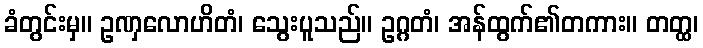
ခံတွင်းမှ။ ဥဏှလောဟိတံ၊ သွေးပူသည်။ ဥဂ္ဂတံ၊ အန်ထွက်၏တကား။ တတ္ထ၊